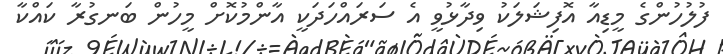
ފުލުހުންގެ މީޑިއާ އޮފިޝަލަކު ވިދާޅުވީ އެ ސަރައްހަދަކީ އާންމުކޮށް މީހުން ބަނގުރާ ކައްކާ